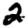
Digit: 2